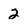
Character: 2